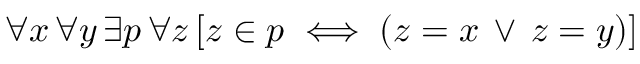
\forall x \, \forall y \, \exists p \, \forall z \, [ z \in p \iff ( z = x \, \lor \, z = y ) ]